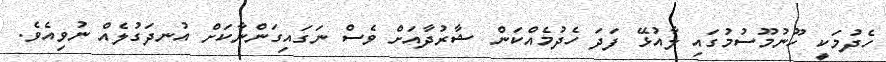
ހެދުމަކީ ހޫނުމޫސުމުގައި ލާއުޅޭ ފަދަ ހެދުމެއްކަން ޝާރުދާއަށް ވެސް ނަގައިގަންނާކަށް އުނދަގުލެއް ނުވިއެވެ.